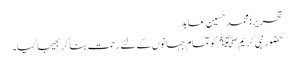
تحریر : محمد حُسین عابد
حضور نبی کریم ﷺ کو تمام جہانوں کے لئے رحمت بنا کر بھیجا گیا۔